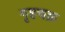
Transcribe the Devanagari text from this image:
गृहचक्र